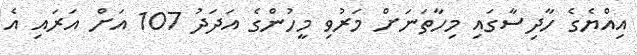
އިއްޔެގެ ހާދިސާގައި މިހާތަނަށް މަރުވި މީހުންގެ އަދަދު 107 އަށް އަރައި އެ